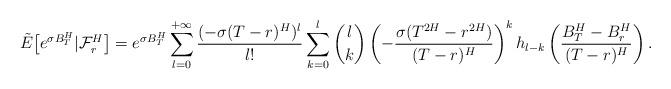
LaTeX: \begin{align*}\tilde{E}\big[e^{\sigma B_T^H}|\mathcal{F}_{r}^{H}\big]=e^{\sigma B_T^H}\sum\limits_{l=0}^{+\infty }\frac{(-\sigma(T-r)^H)^l}{l!}\sum\limits_{k=0}^{l}{l\choose k}\left(-\frac{\sigma(T^{2H}-r^{2H})}{(T-r)^{H}}\right)^kh_{l-k}\left( \frac{B_{T}^{H}-B_{r }^{H}}{(T-r) ^{H}}\right).\end{align*}